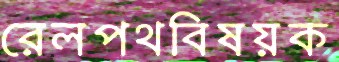
রেলপথবিষয়ক